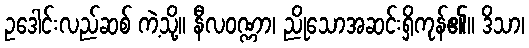
ဥဒေါင်းလည်ဆစ် ကဲ့သို့။ နီလဝဏ္ဏာ၊ ညိုသောအဆင်းရှိကုန်၏။ ဒိသာ၊